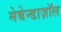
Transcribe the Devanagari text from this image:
मेबेन्डाज़ॉल